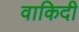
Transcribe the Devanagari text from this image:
वाकिदी